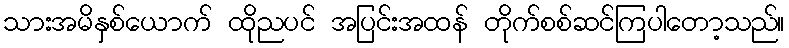
သားအမိနှစ်ယောက် ထိုညပင် အပြင်းအထန် တိုက်စစ်ဆင်ကြပါတော့သည်။